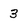
Character: 3